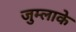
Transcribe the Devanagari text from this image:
जुम्लाके